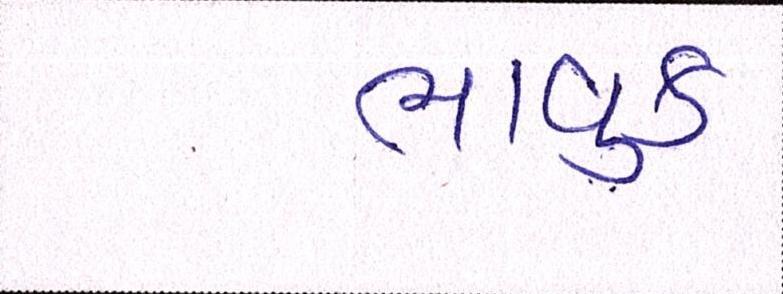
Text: ભાવુક